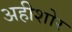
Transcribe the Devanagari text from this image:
अहीशोर